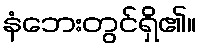
နံဘေးတွင်ရှိ၏။